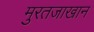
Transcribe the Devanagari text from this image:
मुरतजाखान